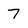
Character: 7